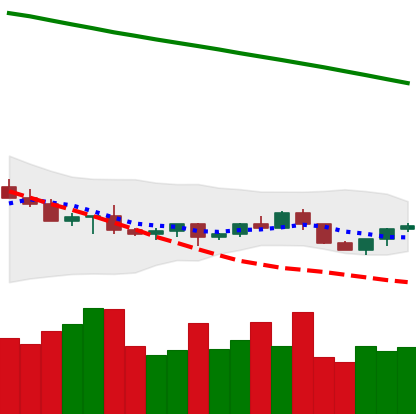
Ticker: LTC-USD
Chart end date: 2022-07-15
Forward return: 10.502%
Label: up_7plus